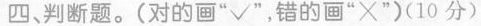
四、判断题。(对的画”√”，错的画”×”)(10分)